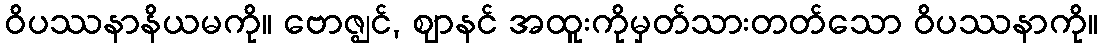
ဝိပဿနာနိယမကို။ ဗောဇ္ဈင်, ဈာနင် အထူးကိုမှတ်သားတတ်သော ဝိပဿနာကို။